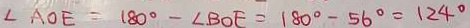
\angle A O E = 1 8 0 ^ { \circ } - \angle B O E = 1 8 0 ^ { \circ } - 5 6 ^ { \circ } = 1 2 4 ^ { \circ }